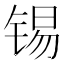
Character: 锡